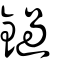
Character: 鐹